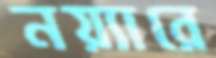
নয়্যারে